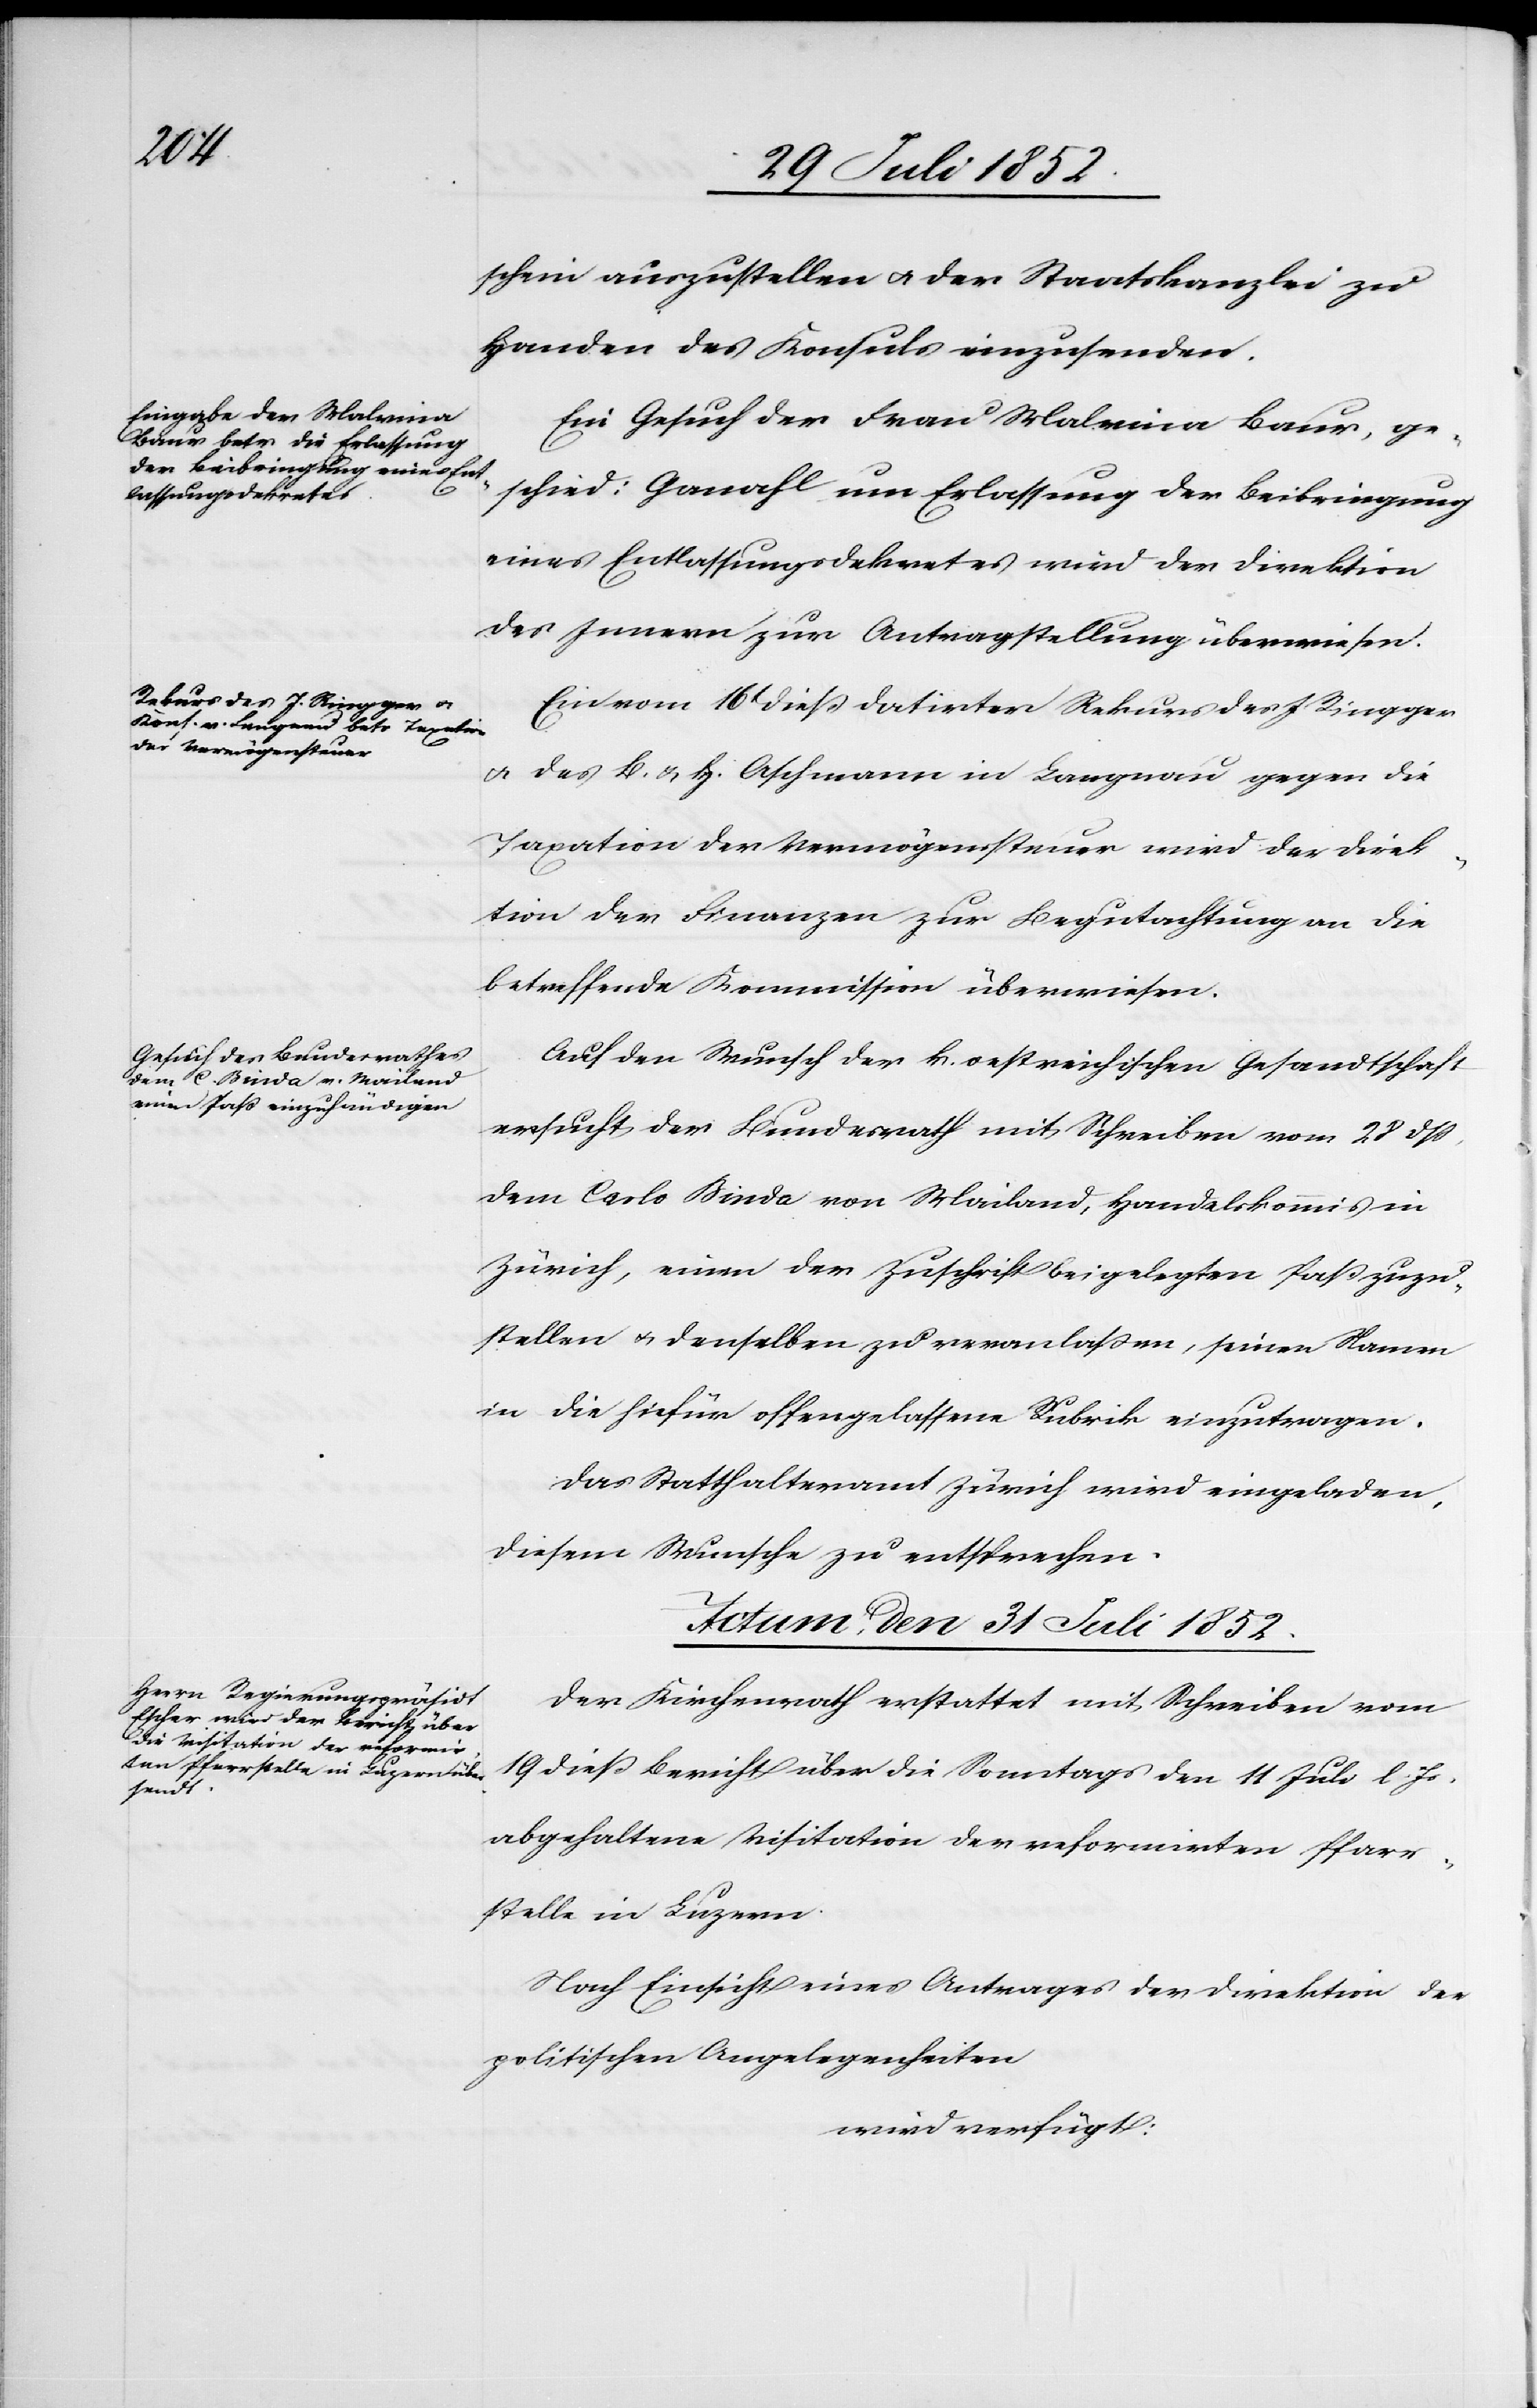
schein auszustellen & der Staatskanzlei zu
Handen des Konsuls einzusenden.
Ein Gesuch der Frau Malvina Baur, ge¬
schied: Ganahl um Erlassung der Beibringung
eines Entlassungsdekretes wird der Direktion
des Innern zur Antragstellung überwiesen.
Ein vom 16t dieß datirter Rekurs des J Ringger
& des B. & H. Aschmann in Langnau gegen die
Taxation der Vermögenssteuer wird der Direk¬
tion der Finanzen zur Begutachtung an die
betreffende Kommission überwiesen.
Auf den Wunsch der k. oestreichischen Gesandtschaft
ersucht der Bundesrath mit Schreiben vom 28 dß,
dem Carlo Binda von Mailand, Handelskommis in
Zürich, einen der Zuschrift beigelegten Paß zuzu¬
stellen & denselben zu veranlaßen, seinen Namen
in die hiefür offengelassene Rubrik einzutragen.
Das Statthalteramt Zürich wird eingeladen,
diesem Wunsche zu entsprechen.
Actum, den 31 Juli 1852.
Der Kirchenrath erstattet mit Schreiben vom
19 dieß Bericht über die Sonntags den 11 Juli l. Js.
abgehaltene Visitation der reformirten Pfarr¬
stelle in Luzern.
Nach Einsicht eines Antrages der Direktion der
politischen Angelegenheiten
wird verfügt: